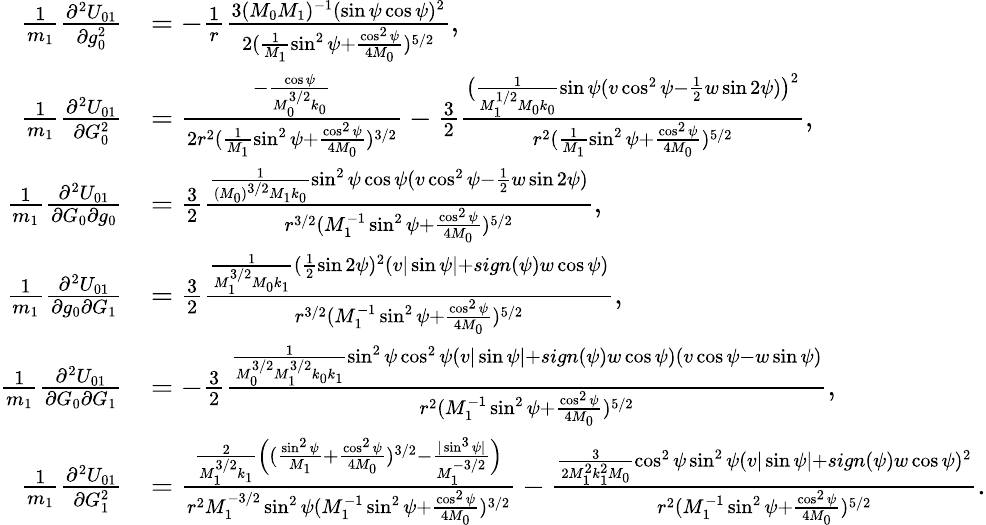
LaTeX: \begin{array}{rl}{\frac{1}{m_{1}}\frac{\partial^{2}U_{01}}{\partial g_{0}^{2}}}&{=-\frac{1}{r}\frac{3(M_{0}M_{1})^{-1}(\sin\psi\cos\psi)^{2}}{2(\frac{1}{M_{1}}\sin^{2}\psi+\frac{\cos^{2}\psi}{4M_{0}})^{5/2}},}\\ {\frac{1}{m_{1}}\frac{\partial^{2}U_{01}}{\partial G_{0}^{2}}}&{=\frac{-\frac{\cos\psi}{M_{0}^{3/2}k_{0}}}{2r^{2}(\frac{1}{M_{1}}\sin^{2}\psi+\frac{\cos^{2}\psi}{4M_{0}})^{3/2}}-\frac{3}{2}\frac{\big(\frac{1}{M_{1}^{1/2}M_{0}k_{0}}\sin\psi(v\cos^{2}\psi-\frac{1}{2}w\sin 2\psi)\big)^{2}}{r^{2}(\frac{1}{M_{1}}\sin^{2}\psi+\frac{\cos^{2}\psi}{4M_{0}})^{5/2}},}\\ {\frac{1}{m_{1}}\frac{\partial^{2}U_{01}}{\partial G_{0}\partial g_{0}}}&{=\frac{3}{2}\frac{\frac{1}{(M_{0})^{3/2}M_{1}k_{0}}\sin^{2}\psi\cos\psi(v\cos^{2}\psi-\frac{1}{2}w\sin 2\psi)}{r^{3/2}(M_{1}^{-1}\sin^{2}\psi+\frac{\cos^{2}\psi}{4M_{0}})^{5/2}},}\\ {\frac{1}{m_{1}}\frac{\partial^{2}U_{01}}{\partial g_{0}\partial G_{1}}}&{=\frac{3}{2}\frac{\frac{1}{M_{1}^{3/2}M_{0}k_{1}}(\frac{1}{2}\sin 2\psi)^{2}(v|\sin\psi|+sign(\psi)w\cos\psi)}{r^{3/2}(M_{1}^{-1}\sin^{2}\psi+\frac{\cos^{2}\psi}{4M_{0}})^{5/2}},}\\ {\frac{1}{m_{1}}\frac{\partial^{2}U_{01}}{\partial G_{0}\partial G_{1}}}&{=-\frac{3}{2}\frac{\frac{1}{M_{0}^{3/2}M_{1}^{3/2}k_{0}k_{1}}\sin^{2}\psi\cos^{2}\psi(v|\sin\psi|+sign(\psi)w\cos\psi)(v\cos\psi-w\sin\psi)}{r^{2}(M_{1}^{-1}\sin^{2}\psi+\frac{\cos^{2}\psi}{4M_{0}})^{5/2}},}\\ {\frac{1}{m_{1}}\frac{\partial^{2}U_{01}}{\partial G_{1}^{2}}}&{=\frac{\frac{2}{M_{1}^{3/2}k_{1}}\Big((\frac{\sin^{2}\psi}{M_{1}}+\frac{\cos^{2}\psi}{4M_{0}})^{3/2}-\frac{|\sin^{3}\psi|}{M_{1}^{-3/2}}\Big)}{r^{2}M_{1}^{-3/2}\sin^{2}\psi(M_{1}^{-1}\sin^{2}\psi+\frac{\cos^{2}\psi}{4M_{0}})^{3/2}}-\frac{\frac{3}{2M_{1}^{2}k_{1}^{2}M_{0}}\cos^{2}\psi\sin^{2}\psi(v|\sin\psi|+sign(\psi)w\cos\psi)^{2}}{r^{2}(M_{1}^{-1}\sin^{2}\psi+\frac{\cos^{2}\psi}{4M_{0}})^{5/2}}.}\end{array}